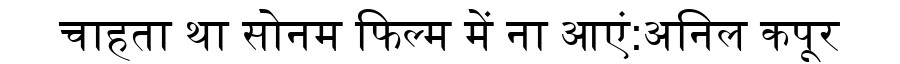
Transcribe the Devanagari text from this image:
चाहता था सोनम फिल्म में ना आएं:अनिल कपूर